Report of the Indian Hemp Drugs Commission, 1894-1895 - Volume I
Year: 1894
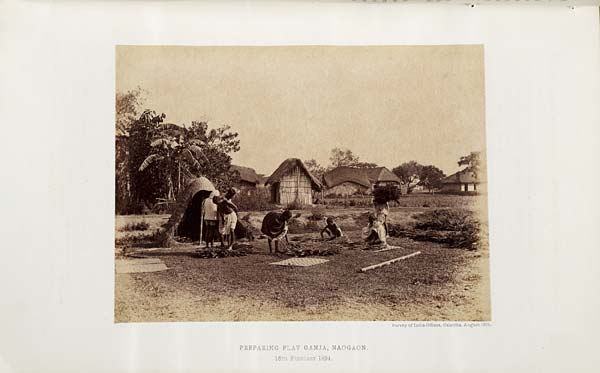
Survey of India Offices, Calcutta, August 1894.
PREPARING FLAT GANJA, NAOGAON.
16TH FEBRUARY 1894.